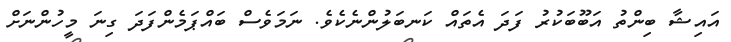
އައިޝާ ބިންތު އަބޫބަކުރު ފަދަ އެތައް ކަނބަލުންނެކެވެ. ނަމަވެސް ބައްޕަމެންފަދަ ގިނަ މީހުންނަށް